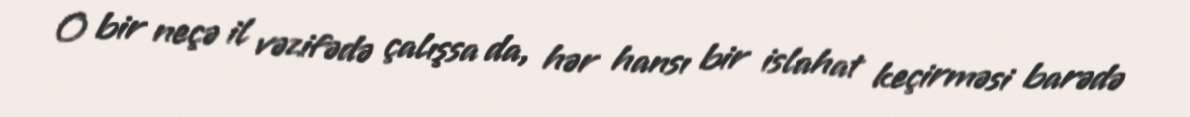
O bir neçə il vəzifədə çalışsa da, hər hansı bir islahat keçirməsi barədə